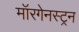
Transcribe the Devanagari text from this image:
मॉरगेनस्ट्रन